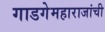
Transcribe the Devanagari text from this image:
गाडगेमहाराजांची